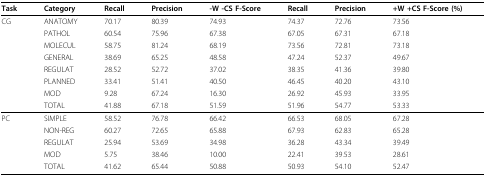
<table><thead><tr><td><b>Task</b></td><td><b>Category</b></td><td><b>Recall</b></td><td><b>Precision</b></td><td><b>-W -CS F-Score</b></td><td><b>Recall</b></td><td><b>Precision</b></td><td><b>+W +CS F-Score (%)</b></td></tr></thead><tbody><tr><td>CG</td><td>ANATOMY</td><td>70.17</td><td>80.39</td><td>74.93</td><td>74.37</td><td>72.76</td><td>73.56</td></tr><tr><td></td><td>PATHOL</td><td>60.54</td><td>75.96</td><td>67.38</td><td>67.05</td><td>67.31</td><td>67.18</td></tr><tr><td></td><td>MOLECUL</td><td>58.75</td><td>81.24</td><td>68.19</td><td>73.56</td><td>72.81</td><td>73.18</td></tr><tr><td></td><td>GENERAL</td><td>38.69</td><td>65.25</td><td>48.58</td><td>47.24</td><td>52.37</td><td>49.67</td></tr><tr><td></td><td>REGULAT</td><td>28.52</td><td>52.72</td><td>37.02</td><td>38.35</td><td>41.36</td><td>39.80</td></tr><tr><td></td><td>PLANNED</td><td>33.41</td><td>51.41</td><td>40.50</td><td>46.45</td><td>40.20</td><td>43.10</td></tr><tr><td></td><td>MOD</td><td>9.28</td><td>67.24</td><td>16.30</td><td>26.92</td><td>45.93</td><td>33.95</td></tr><tr><td></td><td>TOTAL</td><td>41.88</td><td>67.18</td><td>51.59</td><td>51.96</td><td>54.77</td><td>53.33</td></tr><tr><td>PC</td><td>SIMPLE</td><td>58.52</td><td>76.78</td><td>66.42</td><td>66.53</td><td>68.05</td><td>67.28</td></tr><tr><td></td><td>NON-REG</td><td>60.27</td><td>72.65</td><td>65.88</td><td>67.93</td><td>62.83</td><td>65.28</td></tr><tr><td></td><td>REGULAT</td><td>25.94</td><td>53.69</td><td>34.98</td><td>36.28</td><td>43.34</td><td>39.49</td></tr><tr><td></td><td>MOD</td><td>5.75</td><td>38.46</td><td>10.00</td><td>22.41</td><td>39.53</td><td>28.61</td></tr><tr><td></td><td>TOTAL</td><td>41.62</td><td>65.44</td><td>50.88</td><td>50.93</td><td>54.10</td><td>52.47</td></tr></tbody></table>